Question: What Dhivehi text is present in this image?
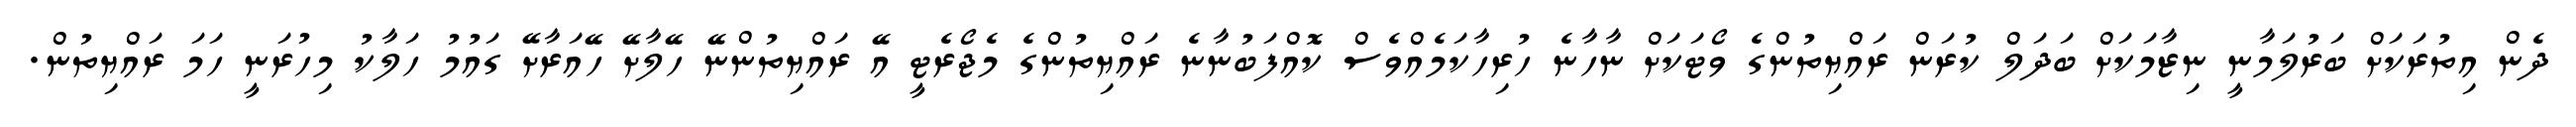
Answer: ދެން އިތުރަކަށް ބަރުލަމާނީ ނިޒާމަކަށް ބަދަލް ކުރަން ރައްޔިތުންގެ ވޯޓަކަށް ނާހާނެ ހުރިހާކަމެއްވެސް ކޮއްފަބުނާނެ ރައްޔިތުންގެ މެޖޯރެޓީ އޭ ރައްޔިތުންނޭ ހޭލާށޭ ހޭއަރާށޭ ގައުމު ހަލާކު މިހުރަނީ ހަމަ ރައްޔިތުން.